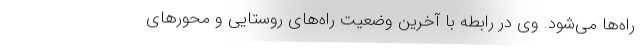
راه‌ها می‌شود. وی در رابطه با آخرین وضعیت راه‌های روستایی و محورهای